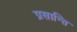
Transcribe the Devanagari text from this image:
प्रसान्ति